画像に写った文字を読んでください
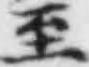
「至」と書いてあります